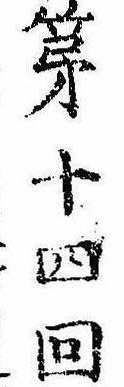
第十四回